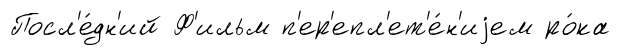
Посл'е́дн'ий Ф'ильм п'ер'епл'ет'е́н'иjем ро́ка